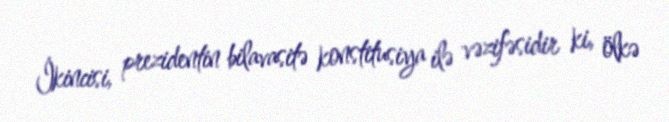
İkincisi, prezidentin bilavasitə konstitusiya ilə vəzifəsidir ki, ölkə